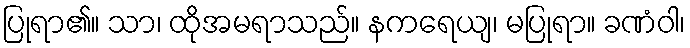
ပြုရာ၏။ သာ၊ ထိုအမရာသည်။ နကရေယျ၊ မပြုရာ။ ခဏံဝါ၊